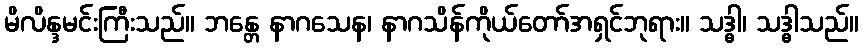
မိလိန္ဒမင်းကြီးသည်။ ဘန္တေ နာဂသေန၊ နာဂသိန်ကိုယ်တော်အရှင်ဘုရား။ သဒ္ဓါ၊ သဒ္ဓါသည်။